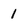
Character: 1